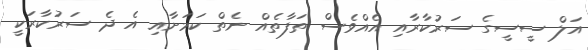
އަލް ސީސީގެ ސަރުކާރާއި އެއްވެސް ތަފާތެއް ނެތް ކަމަށާއި އެ ދެ ސަރުކާރަކީ